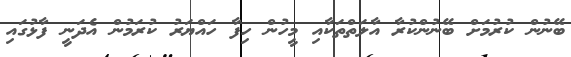
ބޭނުން ކުރުމަށް ބޭނުންކުރާ އާލަތްތަކާއި މީހުން ހިފާ ހައްޔަރު ކުރަމުން އެދަނީ ފާޅުގައި